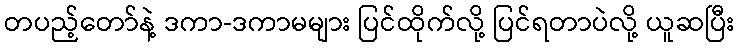
တပည့်တော်နဲ့ ဒကာ-ဒကာမများ ပြင်ထိုက်လို့ ပြင်ရတာပဲလို့ ယူဆပြီး